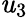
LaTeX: \mathit{u}_{3}